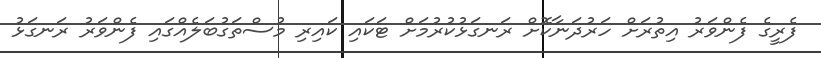
ފެރީގެ ފެންވަރު އިތުރަށް ހަރުދަނާކޮށް ރަނގަޅުކުރުމަށް ޓަކައި ކައިރި މުސްތަގުބަލެއްގައި ފެންވަރު ރަނގަޅު